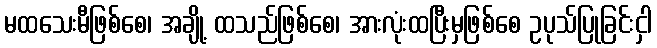
မထသေးမီဖြစ်စေ၊ အချို့ ထသည်ဖြစ်စေ၊ အားလုံးထပြီးမှဖြစ်စေ ဥပုသ်ပြုခြင်းငှါ